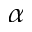
\alpha